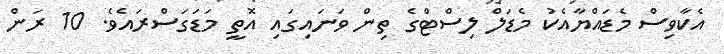
އެކާވިސް މެޑައްޔާއެކު މެޑަލް ލިސްޓްގެ ތިން ވަނައިގައި އޮތީ މަޑަގަސްރައެވެ. 10 ރަން